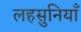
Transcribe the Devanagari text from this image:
लहसुनियाँ